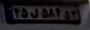
۴۵ل۵۸۴۵۳